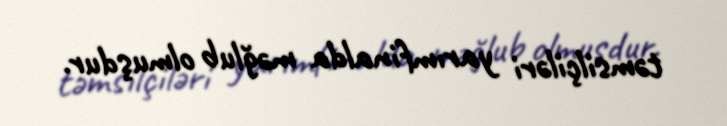
təmsilçiləri yarımfinalda məğlub olmuşdur.